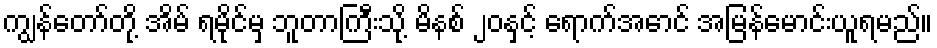
ကျွန်တော်တို့ အိမ် ရမိုင်မှ ဘူတာကြီးသို့ မိနစ် ၂၀နှင့် ရောက်အောင် အမြန်မောင်းယူရမည်။